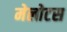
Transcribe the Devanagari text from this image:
मेलोटस